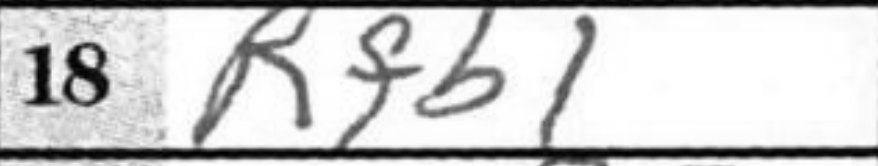
Transcription: Rfb1